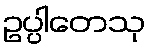
ဥပ္ပါတေသု